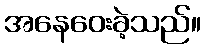
အနေဝေးခဲ့သည်။